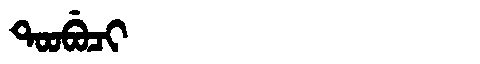
Manchu: ᡨᠣᠣᠪᡠᠴᡳ
Romanization: TOOBUCI